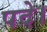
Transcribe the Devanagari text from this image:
पदे।